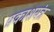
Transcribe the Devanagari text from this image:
प्रकाशयंत्र